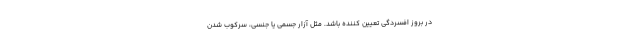
در بروز افسردگی تعیین کننده باشد. مثل آزار جسمی یا جنسی، سرکوب شدن